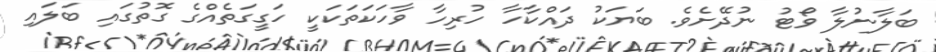
ބަލާނުލާ ވޯޓު ނުދޭށެވެ. ބަޔަކު ދައްކާހާ ހުރިހާ ވާހަކަތަކަކީ ހަގީގަތެއްގެ ގޮތުގައި ބަލައި